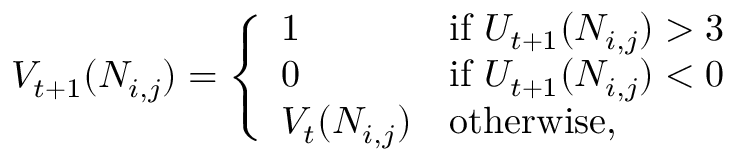
V _ { t + 1 } ( N _ { i , j } ) = \left\{ { \begin{array} { l l } { 1 } & { { \mathrm { i f } } \, \, U _ { t + 1 } ( N _ { i , j } ) > 3 } \\ { 0 } & { { \mathrm { i f } } \, \, U _ { t + 1 } ( N _ { i , j } ) < 0 } \\ { V _ { t } ( N _ { i , j } ) } & { { \mathrm { o t h e r w i s e } } , } \end{array} } \right.